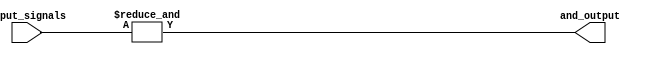
module and_gate #(parameter N = 4) (
    input [N-1:0] input_signals,
    output and_output
);

assign and_output = & input_signals;

endmodule